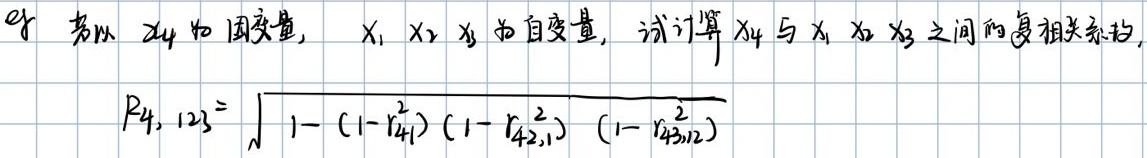
若以 $x_4$ 为因变量，$x_1,x_2,x_3$ 为自变量，试计算 $x_4$ 与 $x_1,x_2,x_3$ 之间的复相关系数，
\[
R_{4,123} = \sqrt{1 - (1 - r_{41}^2)(1 - r_{42,1}^2)(1 - r_{43,12}^2)}
\]